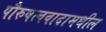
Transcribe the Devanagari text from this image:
पौरुषत्ववादामधील